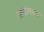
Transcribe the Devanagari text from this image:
अपांमध्य